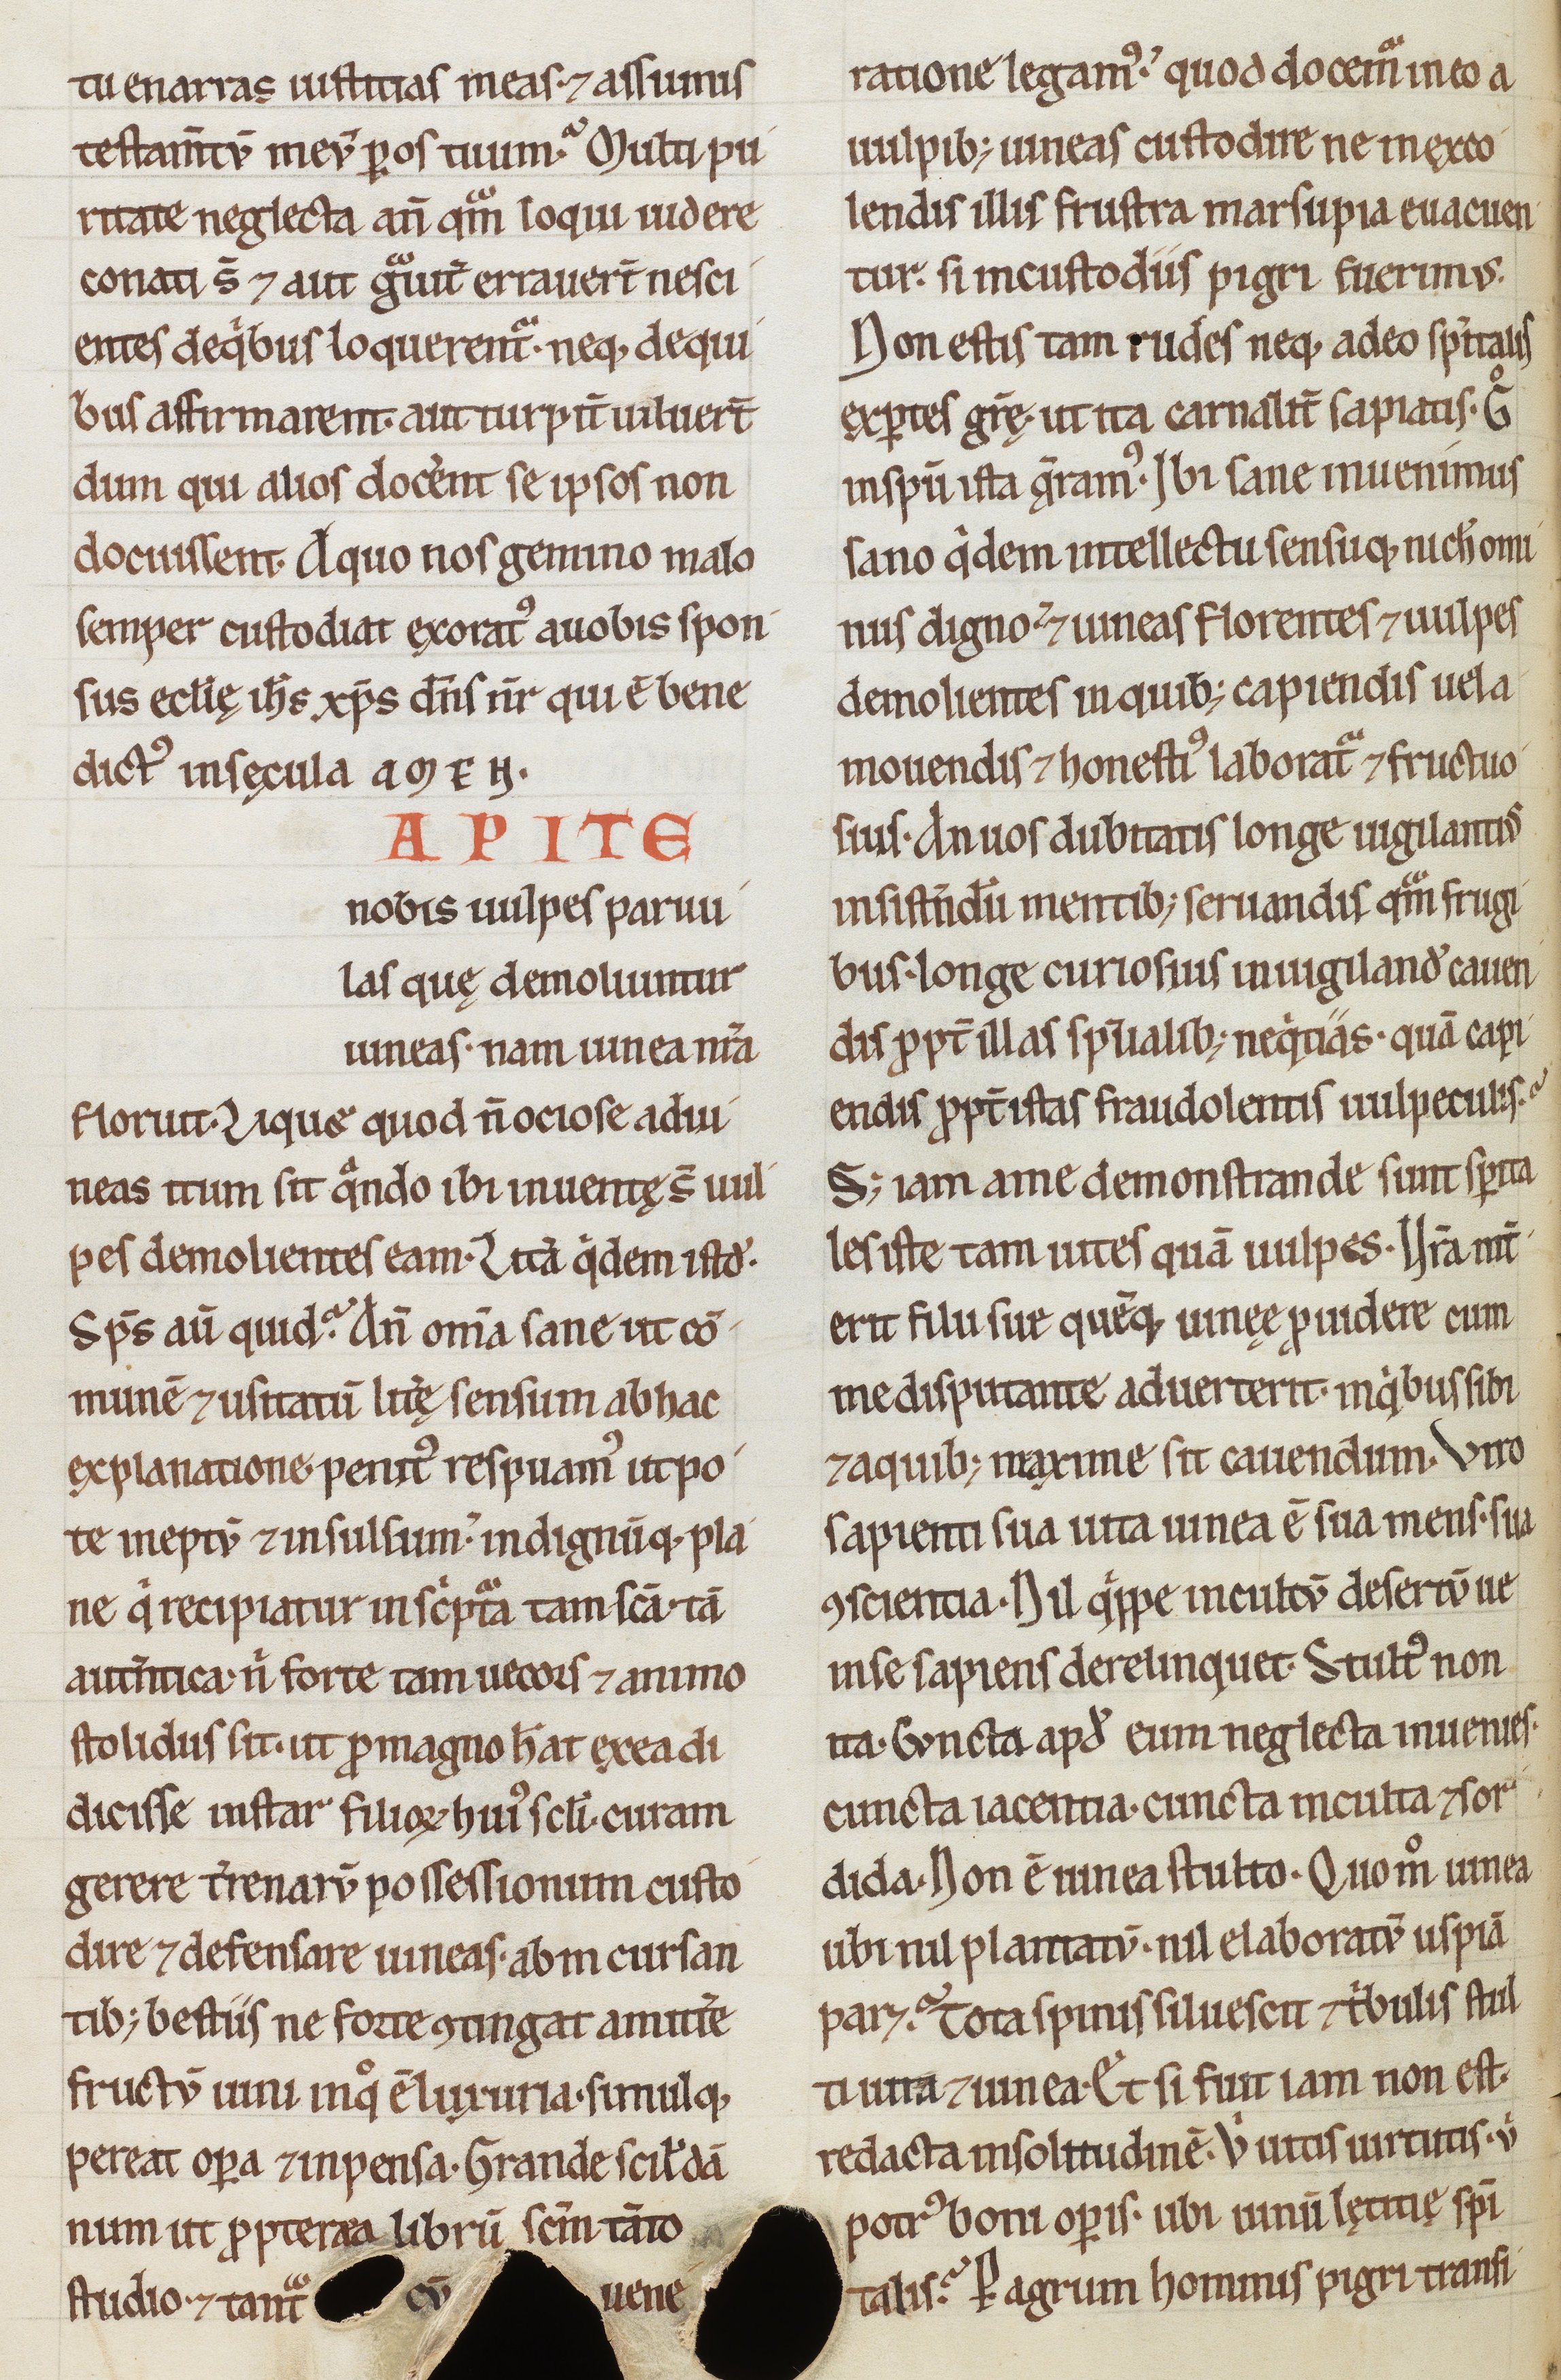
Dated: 1200–1299